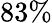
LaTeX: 83\%